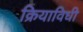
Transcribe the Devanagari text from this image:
क्रियाविधी